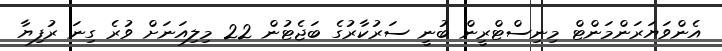
އެންވަޔަރަންމަންޓް މިނިސްޓްރީން ބުނީ ސަރުކާރުގެ ބަޖެޓުން 22 މިލިއަނަށް ވުރެ ގިނަ ރުފިޔާ